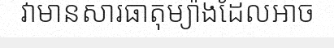
វាមានសារធាតុម្យ៉ាងដែលអាច